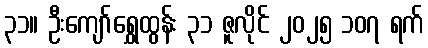
၃၁။ ဦးကျော်ရွှေထွန်း ၃၁ ဇူလိုင် ၂၀၂၅ ၁၀၇ ရက်